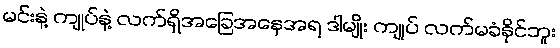
မင်းနဲ့ ကျုပ်နဲ့ လက်ရှိအခြေအနေအရ ဒါမျိုး ကျုပ် လက်မခံနိုင်ဘူး